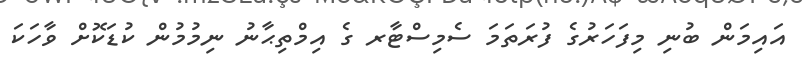
އައިމަން ބުނި މިފަހަރުގެ ފުރަތަމަ ސެމިސްޓާރ ގެ އިމްތިޙާނު ނިމުމުން ކުޑަކޮށް ވާހަކަ